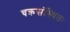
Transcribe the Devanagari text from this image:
चक्रसंस्थितः